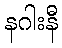
နဂါးနီ